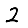
Digit: 2